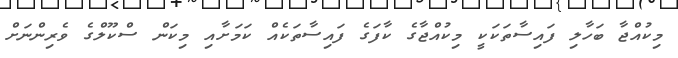
މިކުއްޖާ ބަހާލި ފައިސާތަކަކީ މިކުއްޖާގެ ކާފަގެ ފައިސާތަކެއް ކަމަށާއި މިކަން ސްކޫލްގެ ވެރިންނަށް